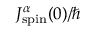
J _ { \mathrm { s p i n } } ^ { \alpha } ( 0 ) / \hbar